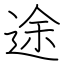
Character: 途